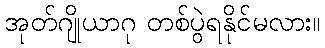
အုတ်ဂျိုယာဂု တစ်ပွဲရနိုင်မလား။